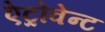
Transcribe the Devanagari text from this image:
ऐट्रोवेन्ट